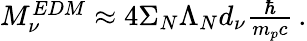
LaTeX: \begin{array}{r}{M_{\nu}^{EDM}\approx 4\Sigma_{N}\Lambda_{N}d_{\nu}\frac{\hbar}{m_{p}c}\, .}\end{array}